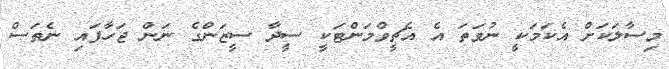
މިސާލަކަށް އެކަމަކީ ނުވަތަ އެ އެޗީވްމަންޓަކީ ސީދާ ސީޒަންގެ ނަން ޖަހާފައި ނެތަސް